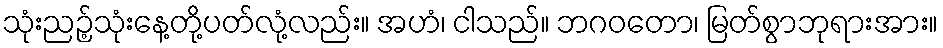
သုံးညဉ့်သုံးနေ့တို့ပတ်လုံ့လည်း။ အဟံ၊ ငါသည်။ ဘဂဝတော၊ မြတ်စွာဘုရားအား။